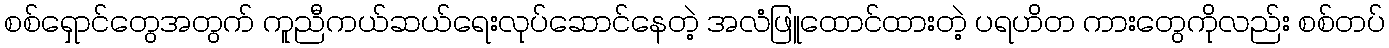
စစ်ရှောင်တွေအတွက် ကူညီကယ်ဆယ်ရေးလုပ်ဆောင်နေတဲ့ အလံဖြူထောင်ထားတဲ့ ပရဟိတ ကားတွေကိုလည်း စစ်တပ်